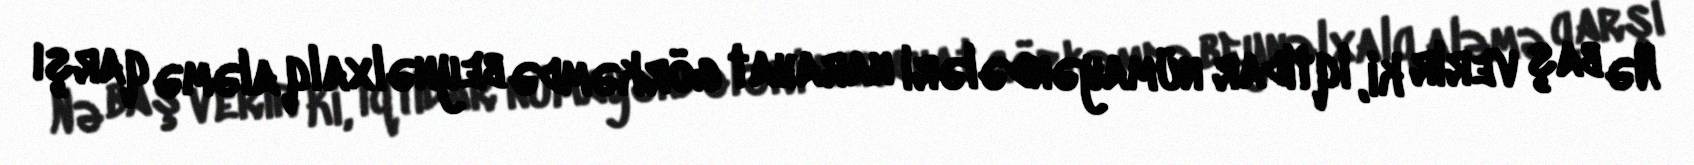
Nə baş verir ki, iqtidar nümayəndələri narahat görkəmdə beynəlxalq aləmə qarşı